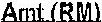
AMT(RM)